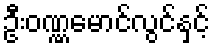
ဦးဝဏ္ဏမောင်လွင်နှင့်